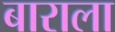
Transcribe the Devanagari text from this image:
बाराला